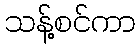
သန့်စင်ကာ